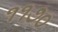
૧૧૭૦